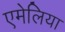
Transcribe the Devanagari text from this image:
एमेलिया